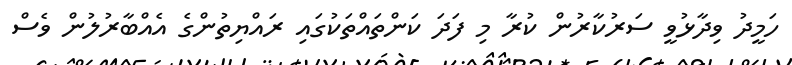
ހަމީދު ވިދާޅުވީ ސަރުކާރުން ކުރާ މި ފަދަ ކަންތައްތަކުގައި ރައްޔިތުންގެ އެއްބާރުލުން ވެސް